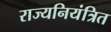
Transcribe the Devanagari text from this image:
राज्यनियंत्रित